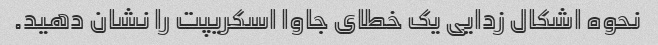
نحوه اشکال زدایی یک خطای جاوا اسکریپت را نشان دهید.